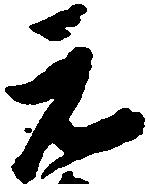
元